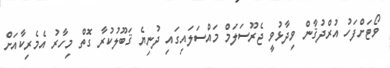
ވޯޓަށްފަހު އުރްދުޤާން ވިދާޅުވީ ޖެރޫސަލަމް މައްސަލައިގައި ދުނިޔެ ޤަބޫލުކުރާ ގޮތް މިހާރު އެމެރިކާއަށް